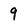
Character: 9